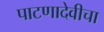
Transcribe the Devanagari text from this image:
पाटणादेवीचा